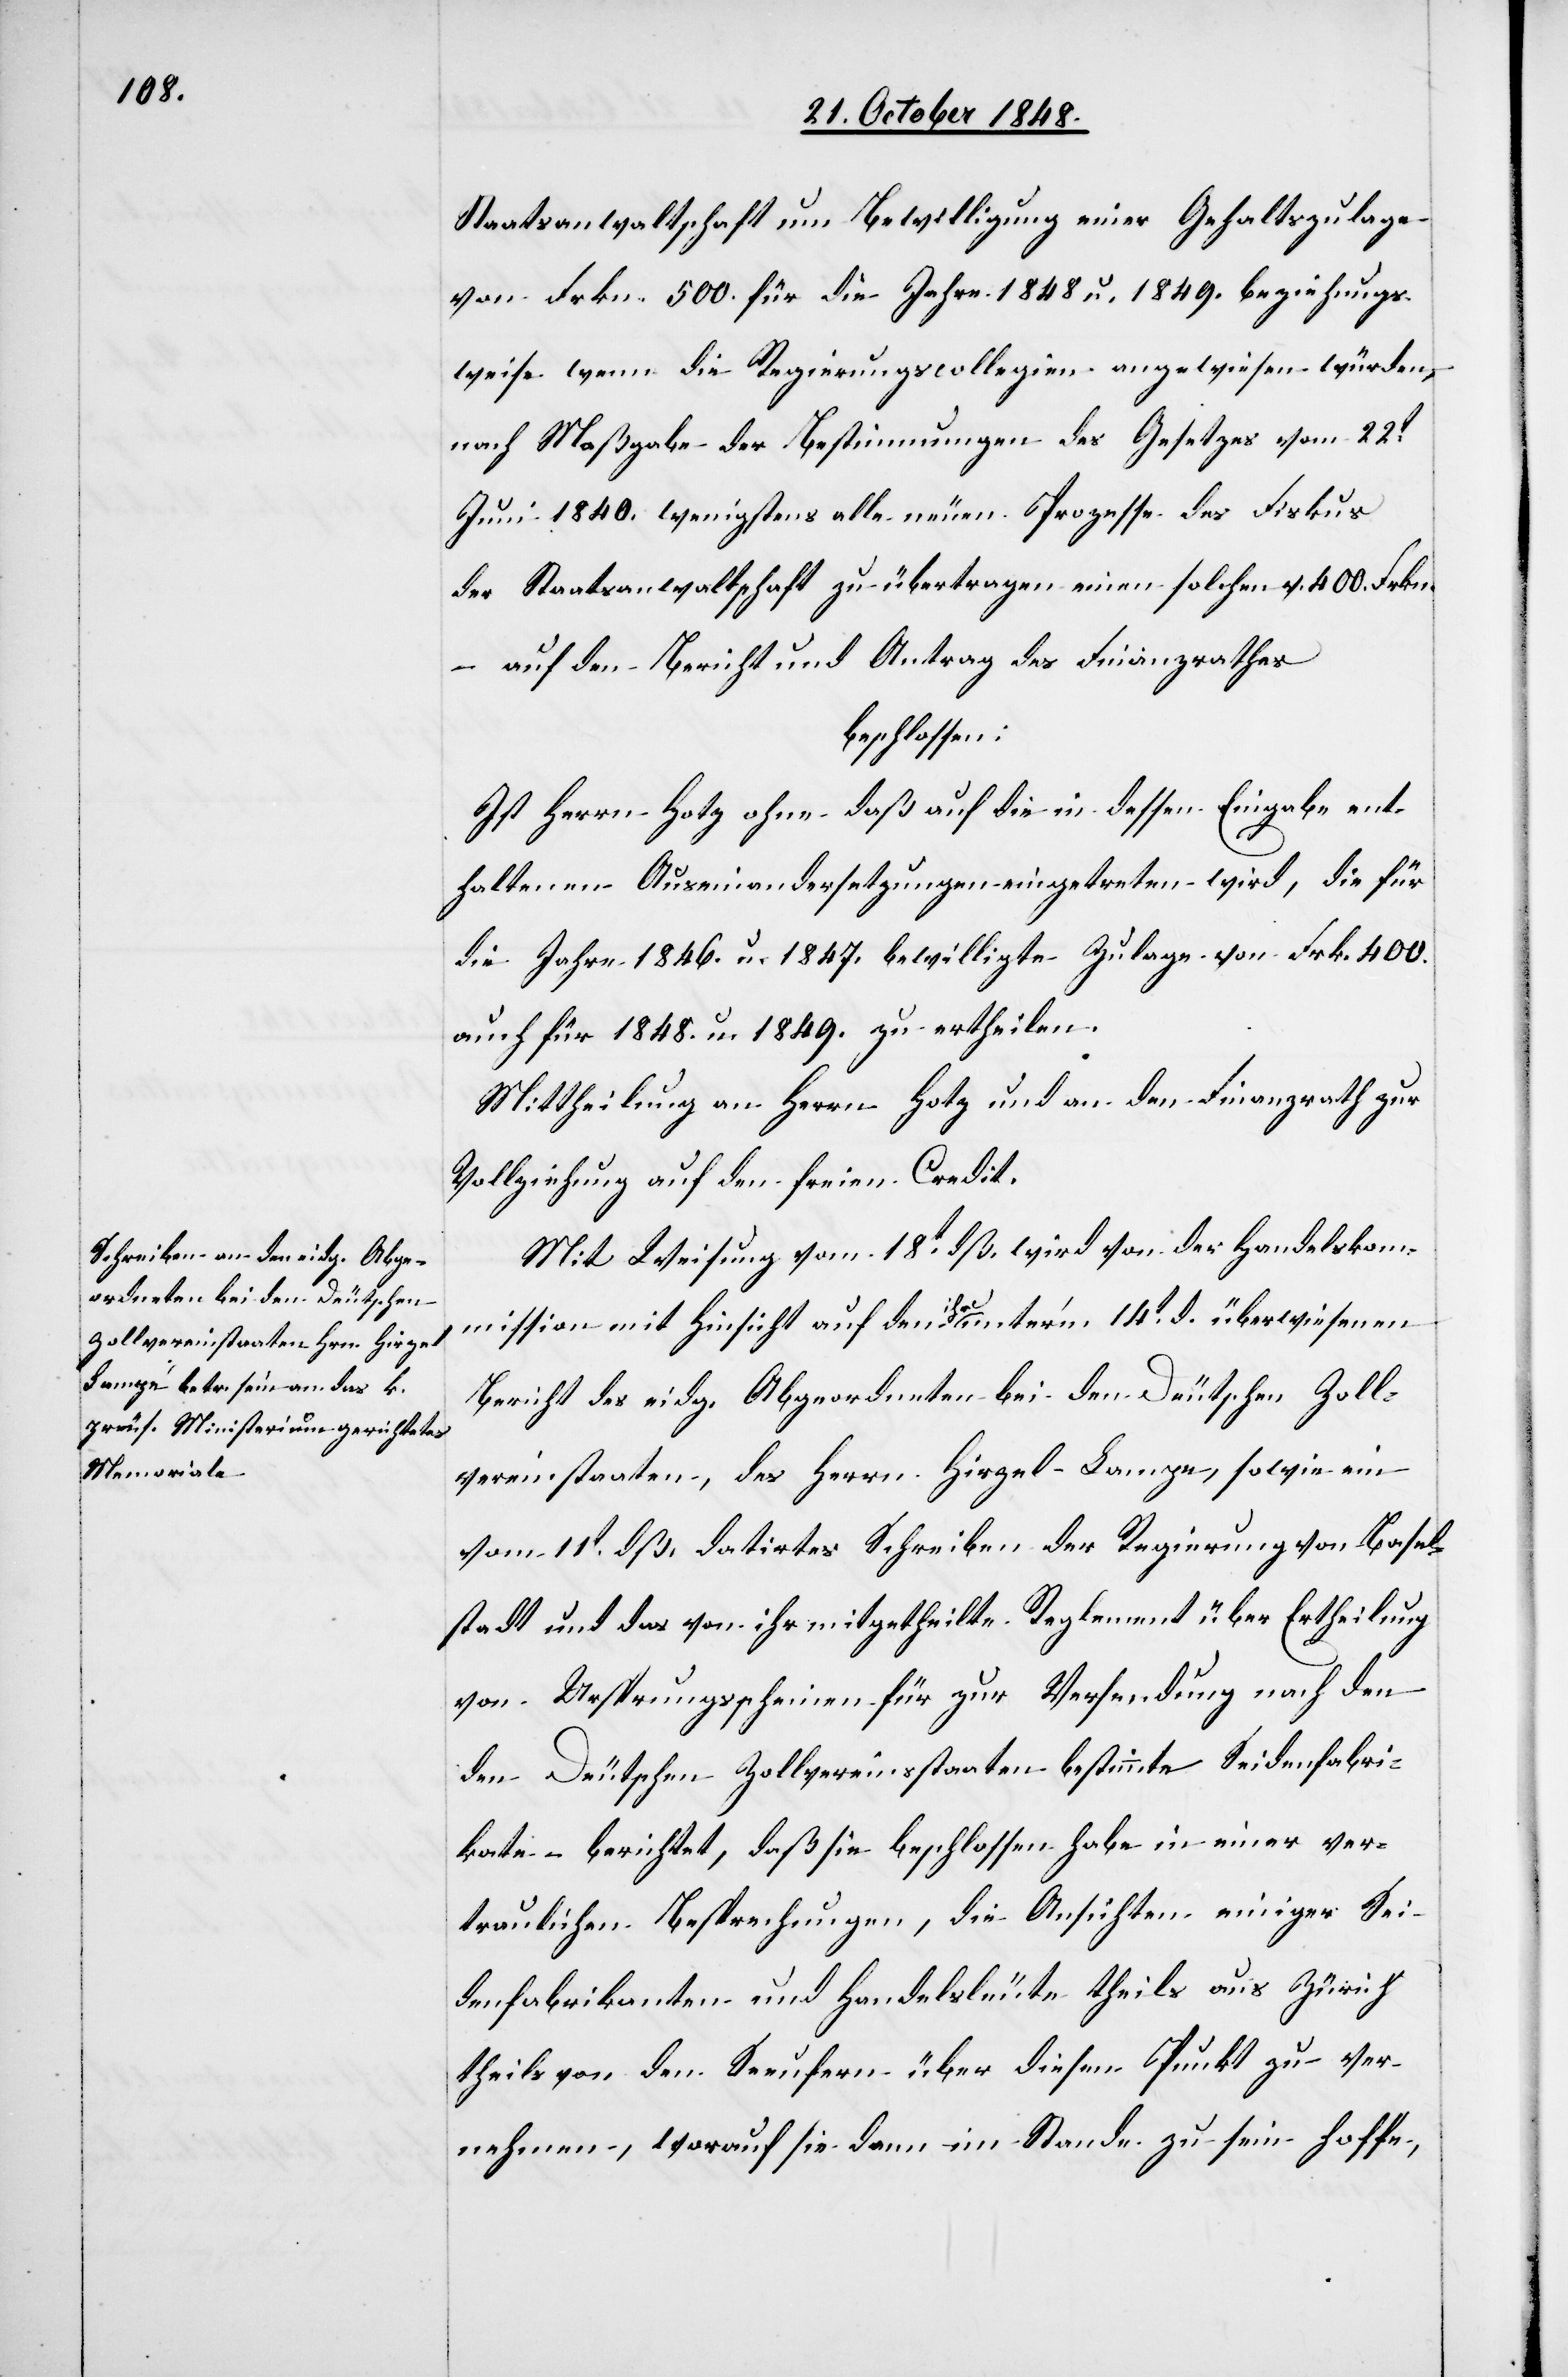
Staatsanwaltschaft um Bewilligung einer Gehaltszulage
von Frkn. 500. für die Jahre 1848 u. 1849. beziehungs¬
weise wenn die Regierungscollegien angewiesen würden,
nach Maßgabe der Bestimmungen des Gesetzes vom 22t
Juni 1840. wenigstens alle neuen Prozesse des Fiskus
der Staatsanwaltschaft zu übertragen einen solchen v. 400. Frkn.
– auf den Bericht und Antrag des Finanzrathes
beschlossen:
Ist Herrn Hotz ohne daß auf die in dessen Eingabe ent¬
haltenen Auseinandersetzungen eingetreten wird, die für
die Jahre 1846. u. 1847. bewilligte Zulage von Frkn. 400.
auch für 1848. u. 1849. zu ertheilen.
Mittheilung an Herrn Hotz und an den Finanzrath zur
Vollziehung auf den freien Credit.
Mit Weisung vom 18t dß. wird von der Handelskom¬
mission mit Hinsicht auf den ihr unter’m 14t d. überwiesenen
Bericht des eidg. Abgeordneten bei den Deutschen Zoll¬
vereinstaaten, des Herrn Hirzel-Lampe, sowie ein
vom 11t dß. datirtes Schreiben der Regierung von Basel¬
stadt und das von ihr mitgetheilte Reglement über Ertheilung
von Ursprungsscheinen für zur Versendung nach den
Deutschen Zollvereinsstaaten bestimmte Seidenfabri¬
kate – berichtet, daß sie beschlossen habe in einer ver¬
traulichen Besprechung, die Ansichten einiger Sei¬
denfabrikanten und Handelsleute theils aus Zürich
theils von den Seeufern über diesen Punkt zu ver¬
nehmen, worauf sie dann im Stande zu sein hoffe,